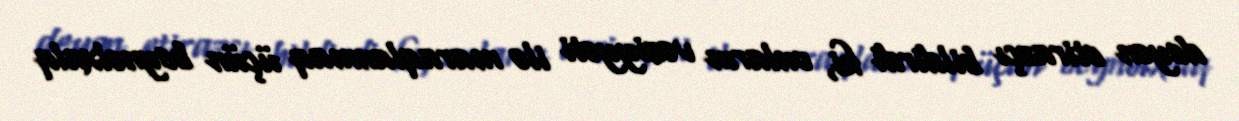
deyən etirazçı bildirdi ki, onların vəziyyəti ilə maraqlanmaq üçün beynəlxalq